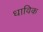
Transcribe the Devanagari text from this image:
धाविक